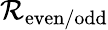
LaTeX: \mathcal{R}_{\mathrm{{even/odd}}}